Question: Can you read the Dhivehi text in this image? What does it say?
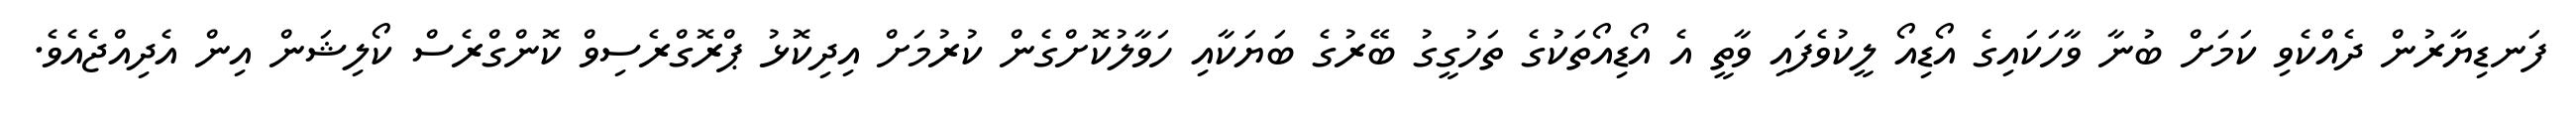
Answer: ފަނޑިޔާރުން ދެއްކެވި ކަމަށް ބުނާ ވާހަކައިގެ އޯޑިއޯ ލީކުވެފައި ވާތީ އެ އޯޑިއޯތަކުގެ ތަހުގީގު ބޭރުގެ ބަޔަކާއި ހަވާލުކޮށްގެން ކުރުމަށް އިދިކޮޅު ޕްރޮގްރެސިވް ކޮންގްރެސް ކޯލިޝަން އިން އެދިއްޖެއެވެ.